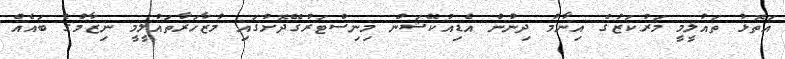
އަތޮޅު ތައުލީމީ މަރުކަޒުގެ އިނާމު ދިނުން އެޑިއުކޭޝަން މިނިސްޓަރުގޭދޮށުގައި މުޒާހަރާތައުލީމީ ނިޒާމުގެ ބައެއް